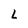
Character: L